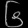
Digit: ၆